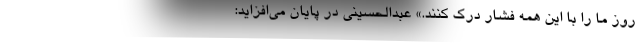
روز ما را با این همه فشار درک کنند.» عبدالحسینی در پایان می‌افزاید: